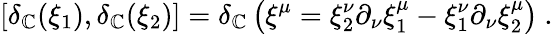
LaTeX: \left[\delta_{\mathbb{C}}(\xi_{1}),\delta_{\mathbb{C}}(\xi_{2})\right]=\delta_{\mathbb{C}}\left(\xi^{\mu}=\xi_{2}^{\nu}\partial_{\nu}\xi_{1}^{\mu}-\xi_{1}^{\nu}\partial_{\nu}\xi_{2}^{\mu}\right)\ .